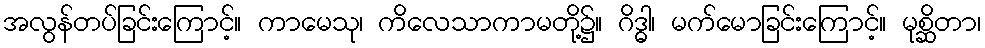
အလွန်တပ်ခြင်းကြောင့်။ ကာမေသု၊ ကိလေသာကာမတို့၌။ ဂိဒ္ဓါ၊ မက်မောခြင်းကြောင့်။ မုစ္ဆိတာ၊